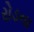
રોડના